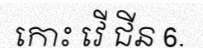
កោះ វើ ជីន 6.